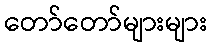
တော်တော်များများ